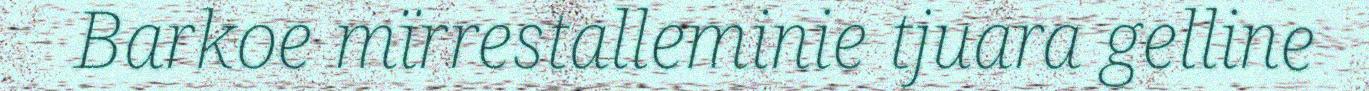
Barkoe mïrrestalleminie tjuara gelline